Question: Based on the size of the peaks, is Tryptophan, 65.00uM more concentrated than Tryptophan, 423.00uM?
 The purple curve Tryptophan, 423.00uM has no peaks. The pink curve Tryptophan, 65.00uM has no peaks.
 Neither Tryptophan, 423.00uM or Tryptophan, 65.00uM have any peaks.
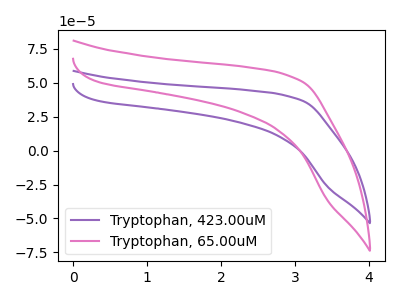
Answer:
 <answer>I cant tell if "Tryptophan, 423.00uM" or "Tryptophan, 65.00uM" has higher concentration.</answer>
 <eval>mixed_concentration</eval>